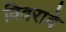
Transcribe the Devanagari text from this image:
विवरावे